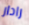
رادار